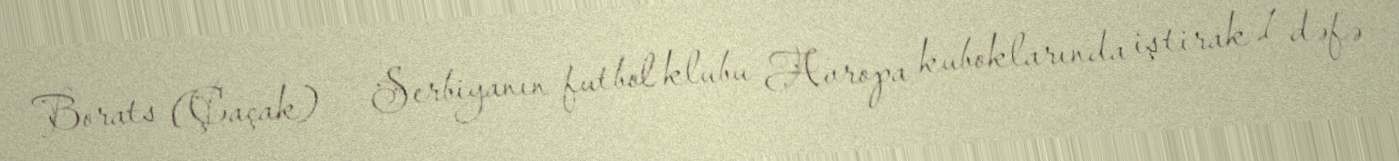
Borats (Çaçak) — Serbiyanın futbol klubu Avropa kuboklarında iştirak 1 dəfə